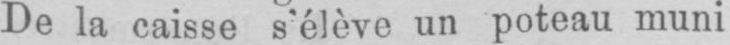
De la caisse s’élève un poteau muni